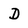
Character: D